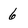
Character: 6